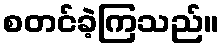
စတင်ခဲ့ကြသည်။